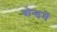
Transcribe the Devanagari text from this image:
बोन्डमें